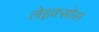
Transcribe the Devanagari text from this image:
लेइक्सोस